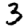
Digit: 3